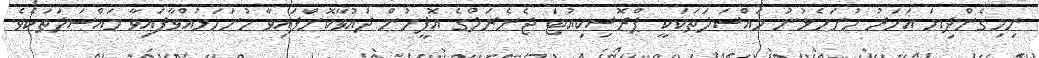
ނިމިގެންދިޔަ އަހަރު ހުށަހެޅުނު މައްސަލަތަކަކީ ޕްރޮސިކިއުޓަ ޖެނެރަލްގެ އޮފީހުން ދައުވާކޮށްފައިވާ ހުށަހަޅުއްވާފައިވާ މައްސަލަތަކެވެ.